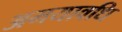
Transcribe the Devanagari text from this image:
अमयावधि